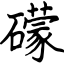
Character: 礞